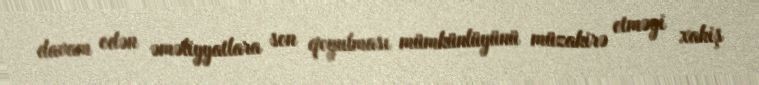
davam edən əməliyyatlara son qoyulması mümkünlüyünü müzakirə etməyi xahiş